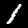
Label: 1